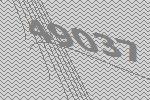
49037